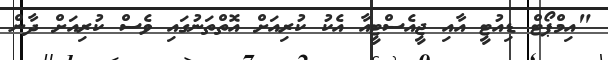
"އިމްޕޯޓް ޑިއުޓީ އާއި ޖީއެސްޓީއާ އެކު ކުރިއަށް އޮތްތަނުގައި ވެސް ކުރިއަށް ދާން